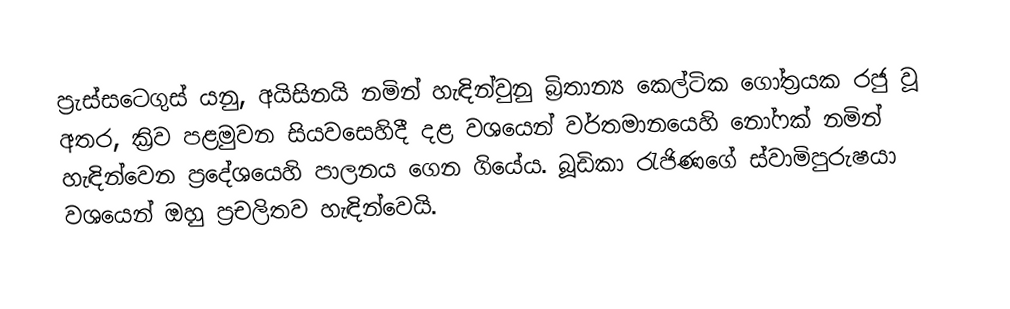
ප්‍රැස්සටෙගුස් යනු,  අයිසිනයි නමින් හැඳින්වුනු බ්‍රිතාන්‍ය කෙල්ටික ගෝත්‍රයක රජු වූ අතර, ක්‍රිව පළමුවන සියවසෙහිදී දළ වශයෙන් වර්තමානයෙහි නෝෆක්  නමින් හැඳින්වෙන ප්‍රදේශයෙහි පාලනය ගෙන ගියේය. බූඩිකා රැජිණගේ ස්වාමිපුරුෂයා වශයෙන් ඔහු ප්‍රචලිතව හැඳින්වෙයි.